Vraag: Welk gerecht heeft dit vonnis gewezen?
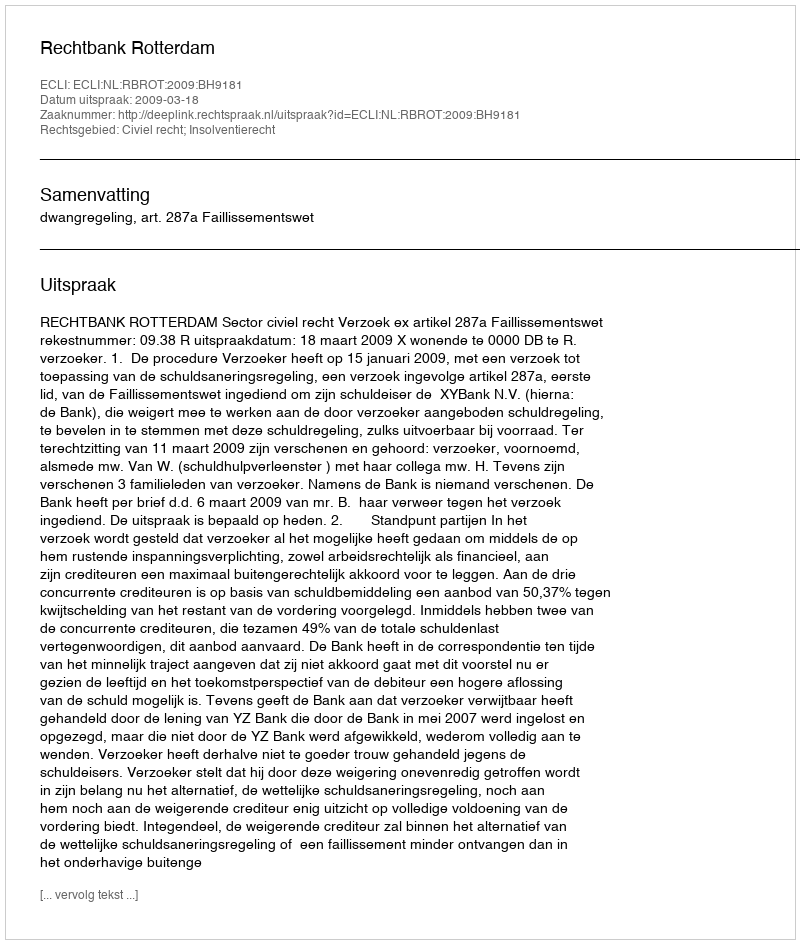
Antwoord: Rechtbank Rotterdam